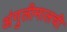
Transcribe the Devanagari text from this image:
अंगुलीमालची